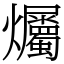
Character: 爥